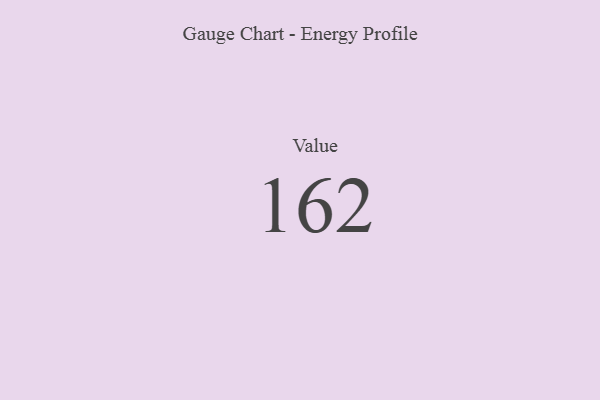
{"axis": {"x": "Metric", "y": "Value"}, "legend": [""], "data": [{"x": "Value", "y": 162, "type": ""}]}